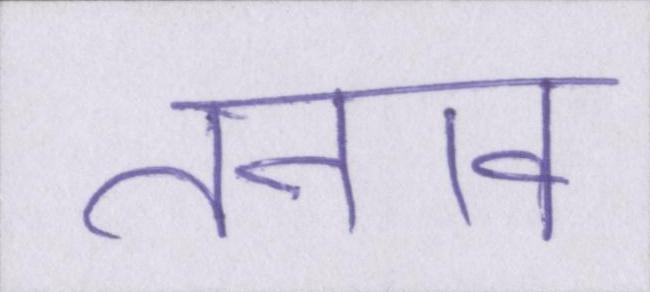
तनाव